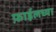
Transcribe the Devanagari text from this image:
फ़ाईलच्या